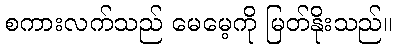
စကားလက်သည် မေမေ့ကို မြတ်နိုးသည်။